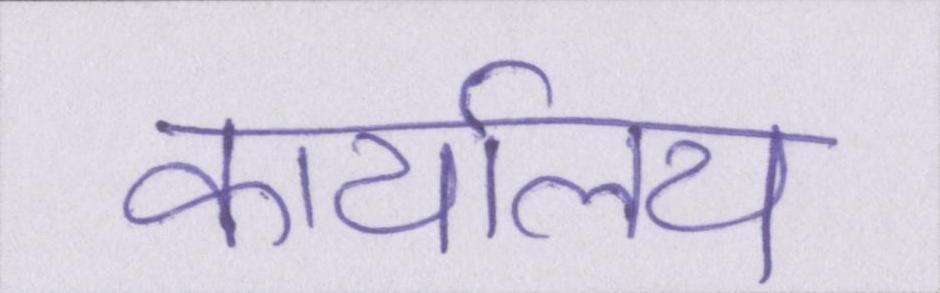
कार्यालय